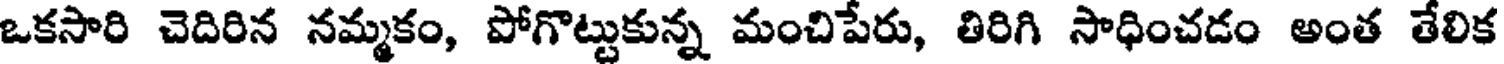
ఒకసారి చెదిరిన నమ్మకం, పోగొట్టుకున్న మంచిపేరు, తిరిగి సాధించడం అంత తేలిక